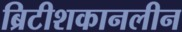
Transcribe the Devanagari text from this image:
ब्रिटीशकानलीन